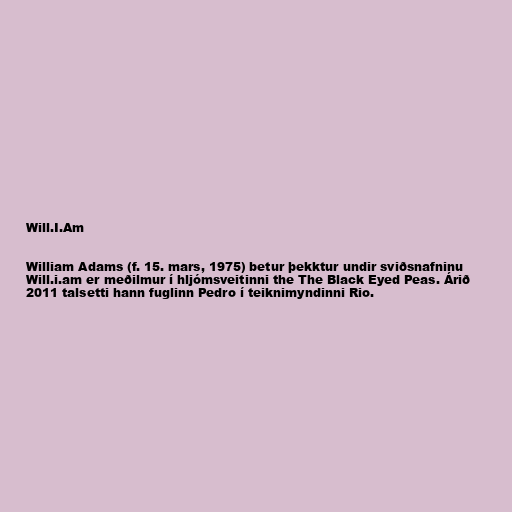
Will.I.Am

William Adams (f. 15. mars, 1975) betur þekktur undir sviðsnafninu
Will.i.am er meðilmur í hljómsveitinni the The Black Eyed Peas. Árið
2011 talsetti hann fuglinn Pedro í teiknimyndinni Rio.